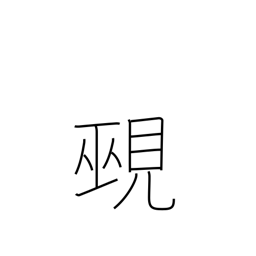
Meaning: diviner